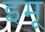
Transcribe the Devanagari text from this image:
इमू